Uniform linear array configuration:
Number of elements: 8
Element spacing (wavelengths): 0.5
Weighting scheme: hamming
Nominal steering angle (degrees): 0
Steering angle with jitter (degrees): -0.1949
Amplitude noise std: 0.05
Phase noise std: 0.05

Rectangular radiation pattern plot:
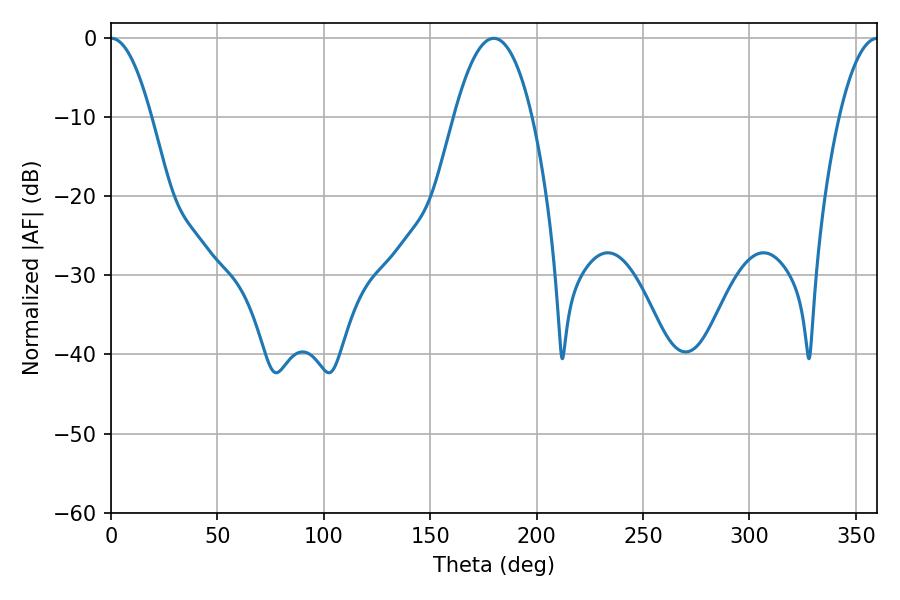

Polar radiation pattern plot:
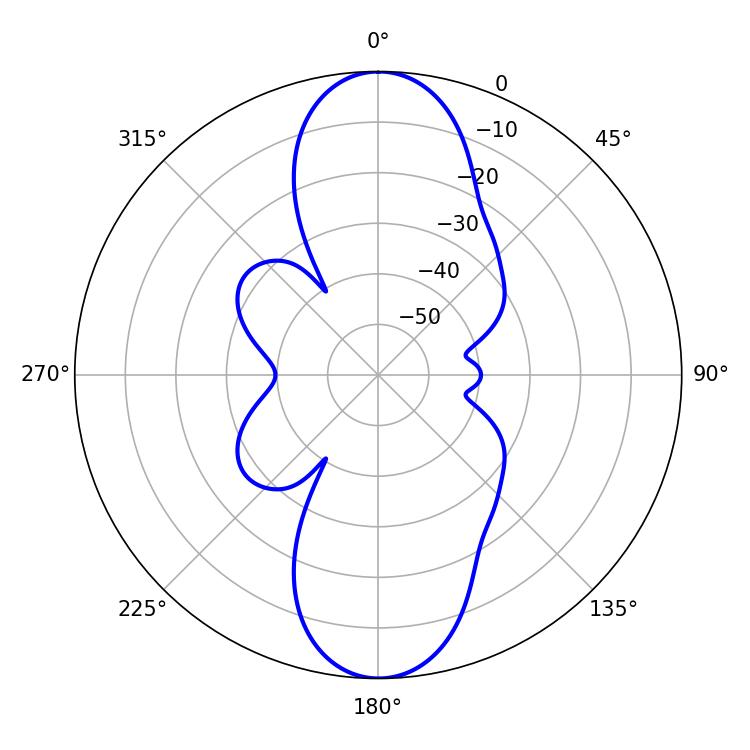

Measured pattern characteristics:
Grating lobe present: FALSE
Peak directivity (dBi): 24.45
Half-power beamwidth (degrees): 20.16
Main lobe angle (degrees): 179.82